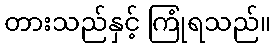
တားသည်နှင့် ကြုံရသည်။